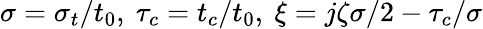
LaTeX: \sigma=\sigma_{t}/t_{0},\ \tau_{c}=t_{c}/t_{0},\ \xi=j\zeta\sigma/2-\tau_{c}/\sigma